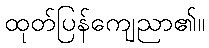
ထုတ်ပြန်ကျေညာ၏။